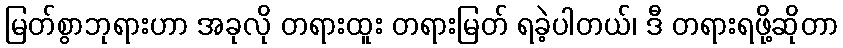
မြတ်စွာဘုရားဟာ အခုလို တရားထူး တရားမြတ် ရခဲ့ပါတယ်၊ ဒီ တရားရဖို့ဆိုတာ